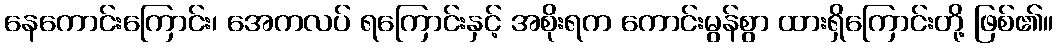
နေကောင်းကြောင်း၊ အေကလပ် ရကြောင်းနှင့် အစိုးရက ကောင်းမွန်စွာ ထားရှိကြောင်းတို့ ဖြစ်၏။